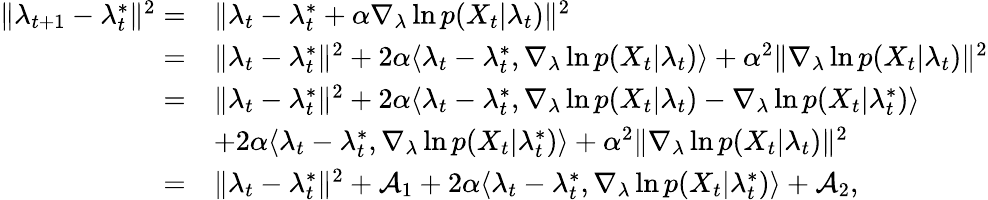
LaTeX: \begin{array}{rl}{\| \lambda_{t+1}-\lambda_{t}^{*}\| ^{2}=}&{\| \lambda_{t}-\lambda_{t}^{*}+\alpha\nabla_{\lambda}\ln p(X_{t}|\lambda_{t})\| ^{2}}\\ {=}&{\| \lambda_{t}-\lambda_{t}^{*}\| ^{2}+2\alpha\langle\lambda_{t}-\lambda_{t}^{*},\nabla_{\lambda}\ln p(X_{t}|\lambda_{t})\rangle+\alpha^{2}\| \nabla_{\lambda}\ln p(X_{t}|\lambda_{t})\| ^{2}}\\ {=}&{\| \lambda_{t}-\lambda_{t}^{*}\| ^{2}+2\alpha\langle\lambda_{t}-\lambda_{t}^{*},\nabla_{\lambda}\ln p(X_{t}|\lambda_{t})-\nabla_{\lambda}\ln p(X_{t}|\lambda_{t}^{*})\rangle}\\ &{+2\alpha\langle\lambda_{t}-\lambda_{t}^{*},\nabla_{\lambda}\ln p(X_{t}|\lambda_{t}^{*})\rangle+\alpha^{2}\| \nabla_{\lambda}\ln p(X_{t}|\lambda_{t})\| ^{2}}\\ {=}&{\| \lambda_{t}-\lambda_{t}^{*}\| ^{2}+\mathcal{A}_{1}+2\alpha\langle\lambda_{t}-\lambda_{t}^{*},\nabla_{\lambda}\ln p(X_{t}|\lambda_{t}^{*})\rangle+\mathcal{A}_{2},}\end{array}